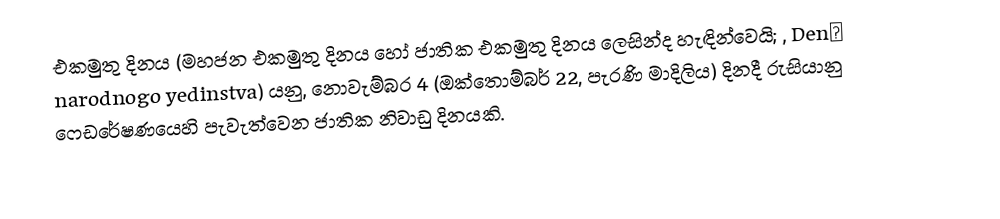
එකමුතු දිනය (මහජන එකමුතු දිනය හෝ ජාතික එකමුතු දිනය ලෙසින්ද හැඳින්වෙයි; , Denʹ narodnogo yedinstva)  යනු,  නොවැම්බර 4 (ඔක්තොම්බර් 22, පැරණි මාදිලිය) දිනදී රුසියානු ෆෙඩරේෂණයෙහි පැවැත්වෙන ජාතික නිවාඩු දිනයකි.